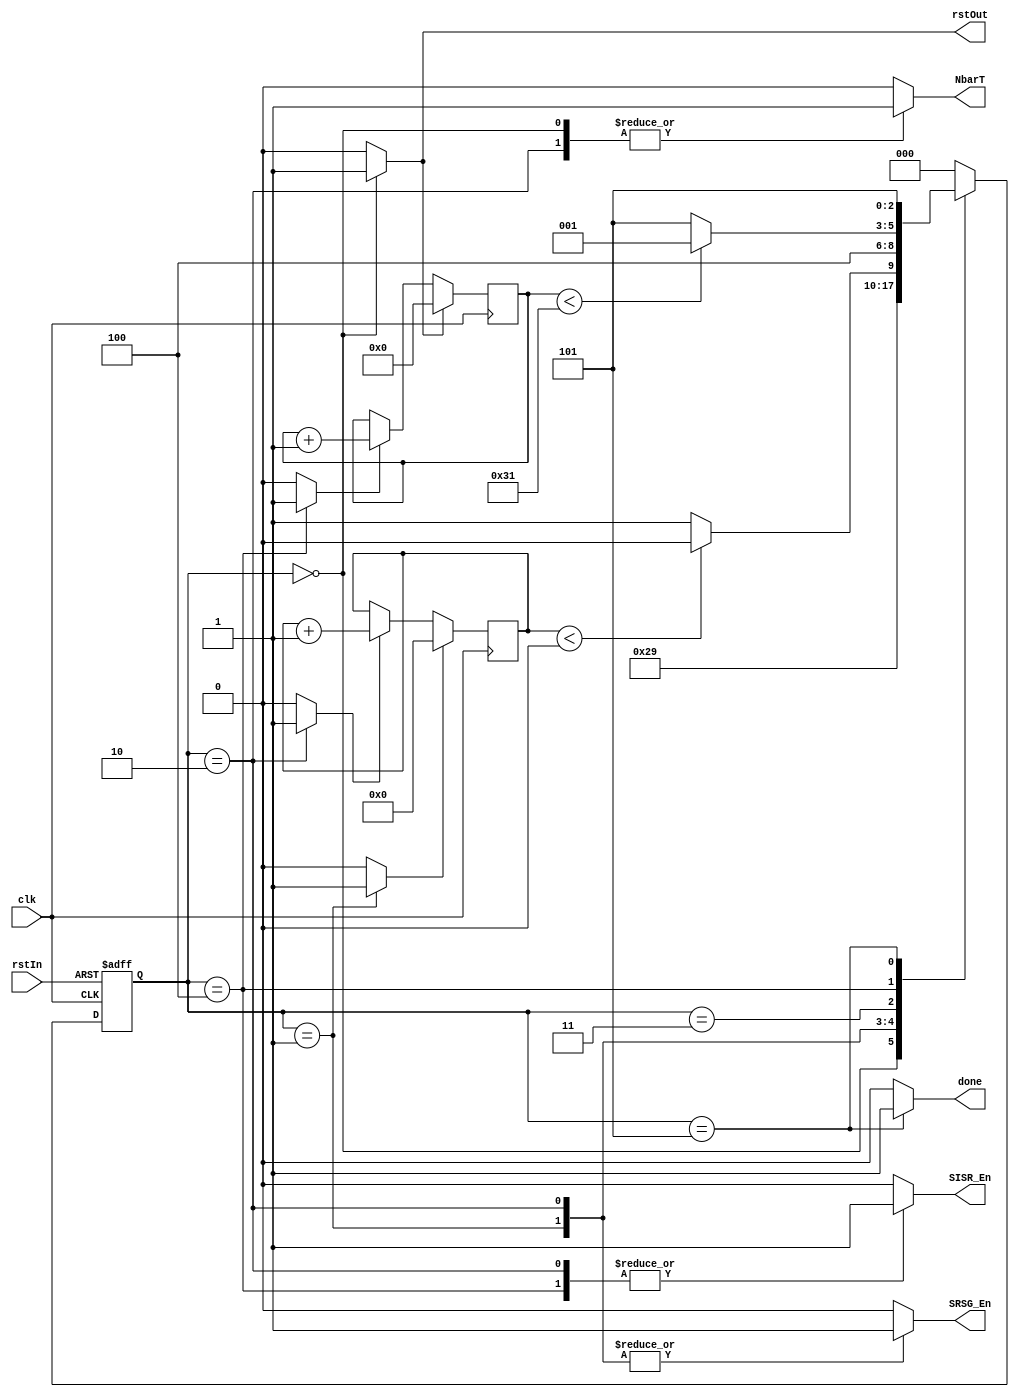
 `timescale 1 ns / 1ns

module OnChipMonitor #(parameter ShiftSize = 1, numOfTstCycl = 50) (clk, rstIn, NbarT, rstOut, SRSG_En, SISR_En, done);

	input clk, rstIn;
	output reg NbarT, rstOut;
	output reg SRSG_En, SISR_En;
	output reg done;
	reg [2:0] present_state, next_state;
	reg [5:0]shtCount; //vector size should be log2 of ShiftSize
	reg shtCount_Rst, shtCount_En;
	reg [15:0]testVectorCount; //Its size should be log2 of numOfTstCycl
	reg testCount_Rst, testCount_En;
	
	`define Reset 0
	`define GenData 1
	`define ShiftData 2
	`define NormalMode 3
	`define GenSignature 4
	`define Exit 5
	
	//Sequencer
	always @(posedge clk, posedge rstIn)
		if(rstIn) present_state <= `Reset;
		else present_state <= next_state;
	always @(present_state or shtCount) begin :Combinatorial
	
		NbarT = 1'b0; rstOut = 1'b0;
		SRSG_En = 1'b0; done = 1'b0;
		SISR_En = 1'b0; shtCount_Rst = 1'b0; shtCount_En = 1'b0;
		testCount_Rst = 1'b0; testCount_En = 1'b0;
		case (present_state)
			`Reset : begin
				next_state = `GenData;
				rstOut = 1'b1;
				NbarT = 1'b1;
				testCount_Rst = 1'b1;
			end
			`GenData : begin
				next_state = `ShiftData;
				SRSG_En = 1'b1;
				shtCount_Rst = 1'b1;
			end
			`ShiftData : begin
				next_state = (shtCount < ShiftSize - 1) ?
				`ShiftData : `NormalMode;
				shtCount_En = 1'b1;
				SRSG_En = 1'b1;
				SISR_En = 1'b1;
				NbarT = 1'b1;
			end
			`NormalMode : begin
				next_state = `GenSignature;
				NbarT = 1'b0;
			end
			`GenSignature : begin
				next_state = (testVectorCount < numOfTstCycl - 1) ?
				`GenData : `Exit;
				testCount_En = 1'b1;
				SISR_En = 1'b1;
			end
			`Exit : begin
				next_state = `Exit;
				done = 1'b1;
			end
			default : next_state = `Reset;
		endcase
	
	end
	
	//Counting number of bits shifted into scan chain
	always @(posedge clk) begin
		if(shtCount_Rst) shtCount <= 0;
		else if(shtCount_En)
			shtCount <= shtCount + 1;
	end
	
	//Counting number of applied test vectors
	always @(posedge clk) begin
		if(testCount_Rst) testVectorCount <= 0;
		else if(testCount_En)
			testVectorCount <= testVectorCount + 1;
	end
endmodule